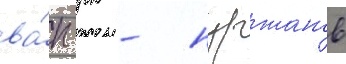
ва́п рк - нуржанов